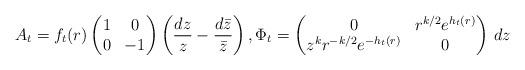
LaTeX: \begin{align*}A_t=f_t(r)\begin{pmatrix}1&0\\0&-1\end{pmatrix}\left(\frac{dz}{z}-\frac{d\bar z}{\bar z}\right), \Phi_t=\begin{pmatrix}0&r^{k/2}e^{h_t(r)}\\z^kr^{-k/2} e^{-h_t(r)}&0\end{pmatrix}\,dz\end{align*}